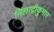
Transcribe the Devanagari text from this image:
निलाद्रीकुमार